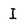
Character: I